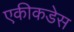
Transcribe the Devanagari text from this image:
एकीकडेस